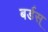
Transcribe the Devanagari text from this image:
बर्डस्